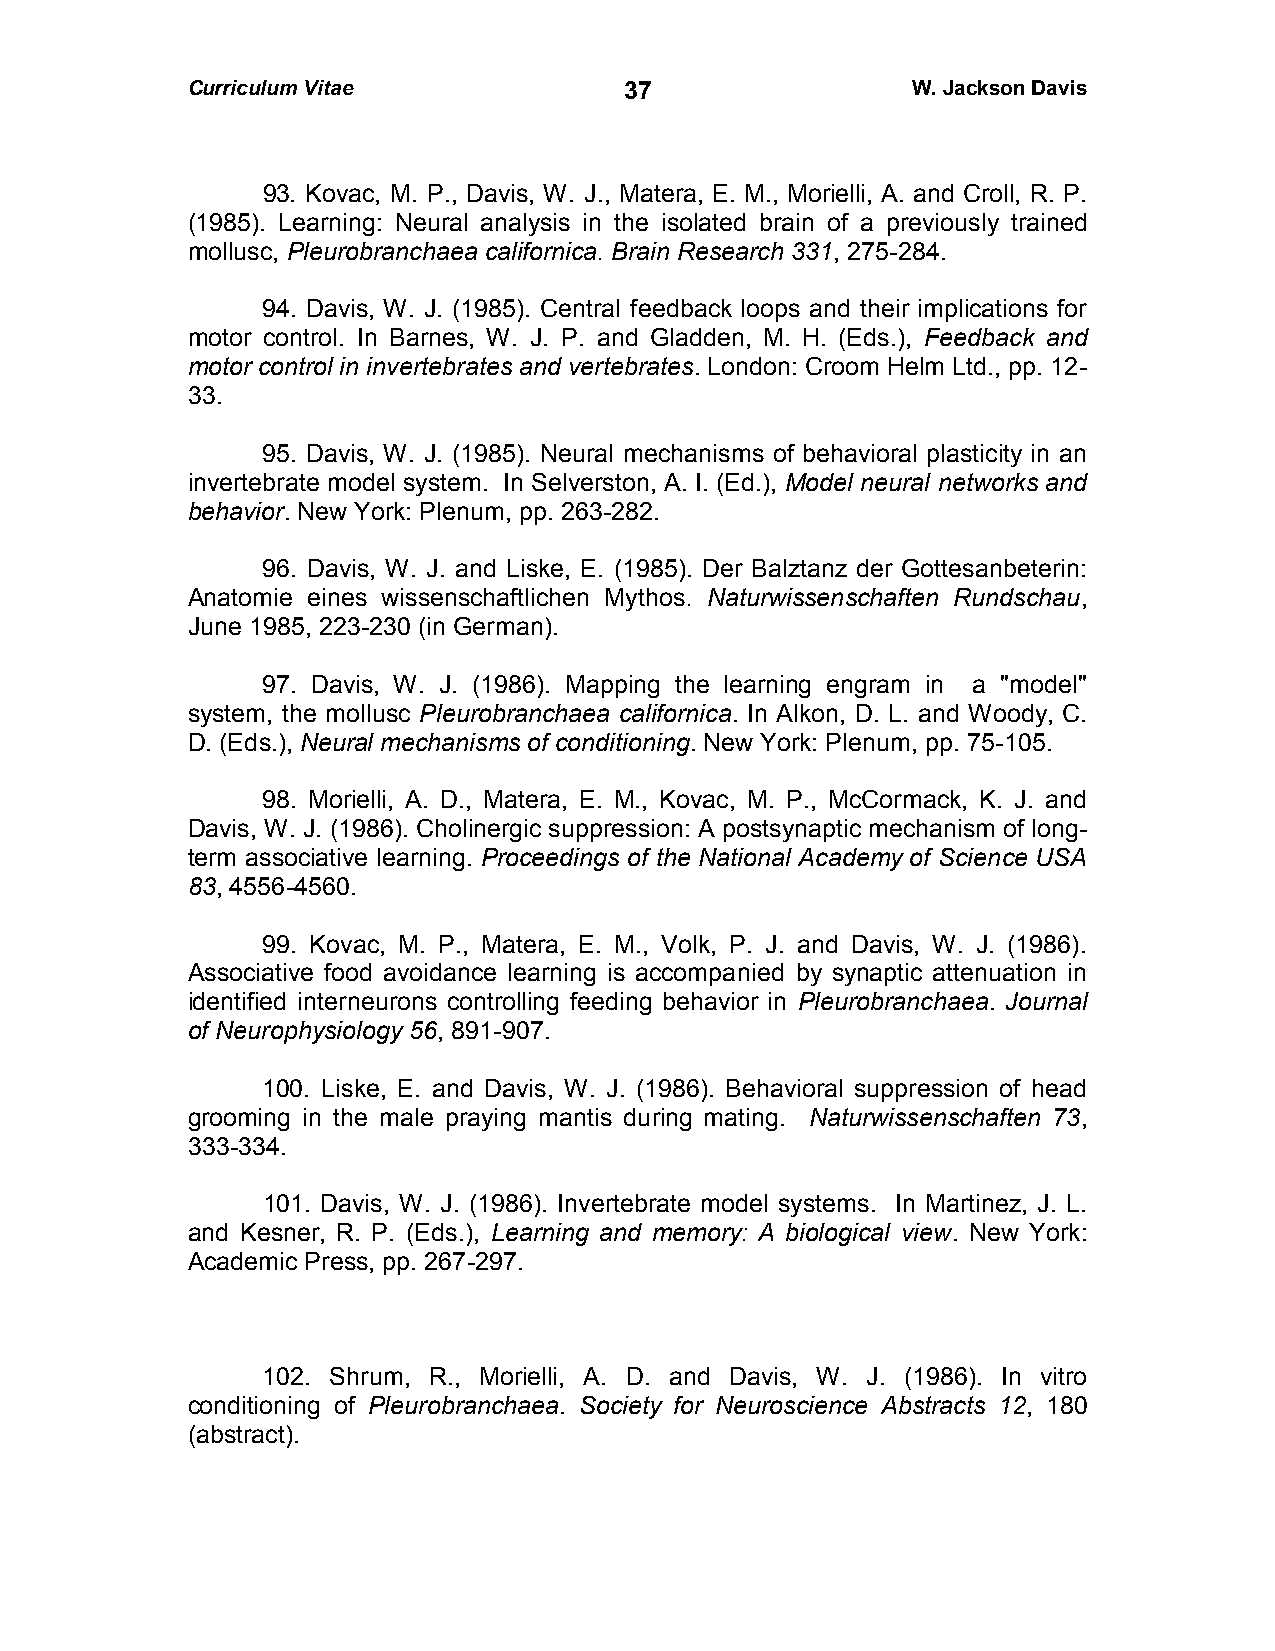
Curriculum Vitae             3 7                W. Jackson Davis
 93. Kovac, M. P., Davis, W. J., Matera, E. M., Morielli, A. and Croll, R. P.
 (1985). Learning: Neural analysis in the isolated brain of a previously trained
 mollusc, Pleurobranchaea californica. Brain Research 331, 275-284.
 94. Davis, W. J. (1985). Central feedback loops and their implications for
 motor control. In Barnes, W. J. P. and Gladden, M. H. (Eds.), Feedback and
 motor control in invertebrates and vertebrates. London: Croom Helm Ltd., pp. 12-
 33.
 95. Davis, W. J. (1985). Neural mechanisms of behavioral plasticity in an
 invertebrate model system. In Selverston, A. I. (Ed.), Model neural networks and
 behavior. New York: Plenum, pp. 263-282.
 96. Davis, W. J. and Liske, E. (1985). Der Balztanz der Gottesanbeterin:
 Anatomie eines wissenschaftlichen Mythos. Naturwissenschaften Rundschau,
 June 1985, 223-230 (in German).
 97. Davis, W. J. (1986). Mapping the learning engram in a "model"
 system, the mollusc Pleurobranchaea californica. In Alkon, D. L. and Woody, C.
 D. (Eds.), Neural mechanisms of conditioning. New York: Plenum, pp. 75-105.
 98. Morielli, A. D., Matera, E. M., Kovac, M. P., McCormack, K. J. and
 Davis, W. J. (1986). Cholinergic suppression: A postsynaptic mechanism of long-
 term associative learning. Proceedings of the National Academy of Science USA
 83, 4556-4560.
 99. Kovac, M. P., Matera, E. M., Volk, P. J. and Davis, W. J. (1986).
 Associative food avoidance learning is accompanied by synaptic attenuation in
 identified interneurons controlling feeding behavior in Pleurobranchaea. Journal
 of Neurophysiology 56, 891-907.
 100. Liske, E. and Davis, W. J. (1986). Behavioral suppression of head
 grooming in the male praying mantis during mating. Naturwissenschaften 73,
 333-334.
 101. Davis, W. J. (1986). Invertebrate model systems. In Martinez, J. L.
 and Kesner, R. P. (Eds.), Learning and memory: A biological view. New York:
 Academic Press, pp. 267-297.
 102. Shrum, R., Morielli, A. D. and Davis, W. J. (1986). In vitro
 conditioning of Pleurobranchaea. Society for Neuroscience Abstracts 12, 180
 (abstract).